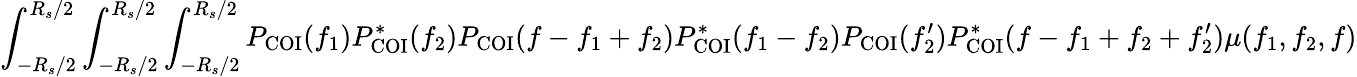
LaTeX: \int_{-R_{s}/2}^{R_{s}/2}\int_{-R_{s}/2}^{R_{s}/2}\int_{-R_{s}/2}^{R_{s}/2}P_{\mathrm{COI}}(f_{1})P_{\mathrm{COI}}^{\ast}(f_{2})P_{\mathrm{COI}}(f-f_{1}+f_{2})P_{\mathrm{COI}}^{\ast}(f_{1}-f_{2})P_{\mathrm{COI}}(f_{2}^{\prime})P_{\mathrm{COI}}^{\ast}(f-f_{1}+f_{2}+f_{2}^{\prime})\mu(f_{1},f_{2},f)